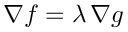
\nabla f = \lambda \, \nabla g